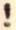
!